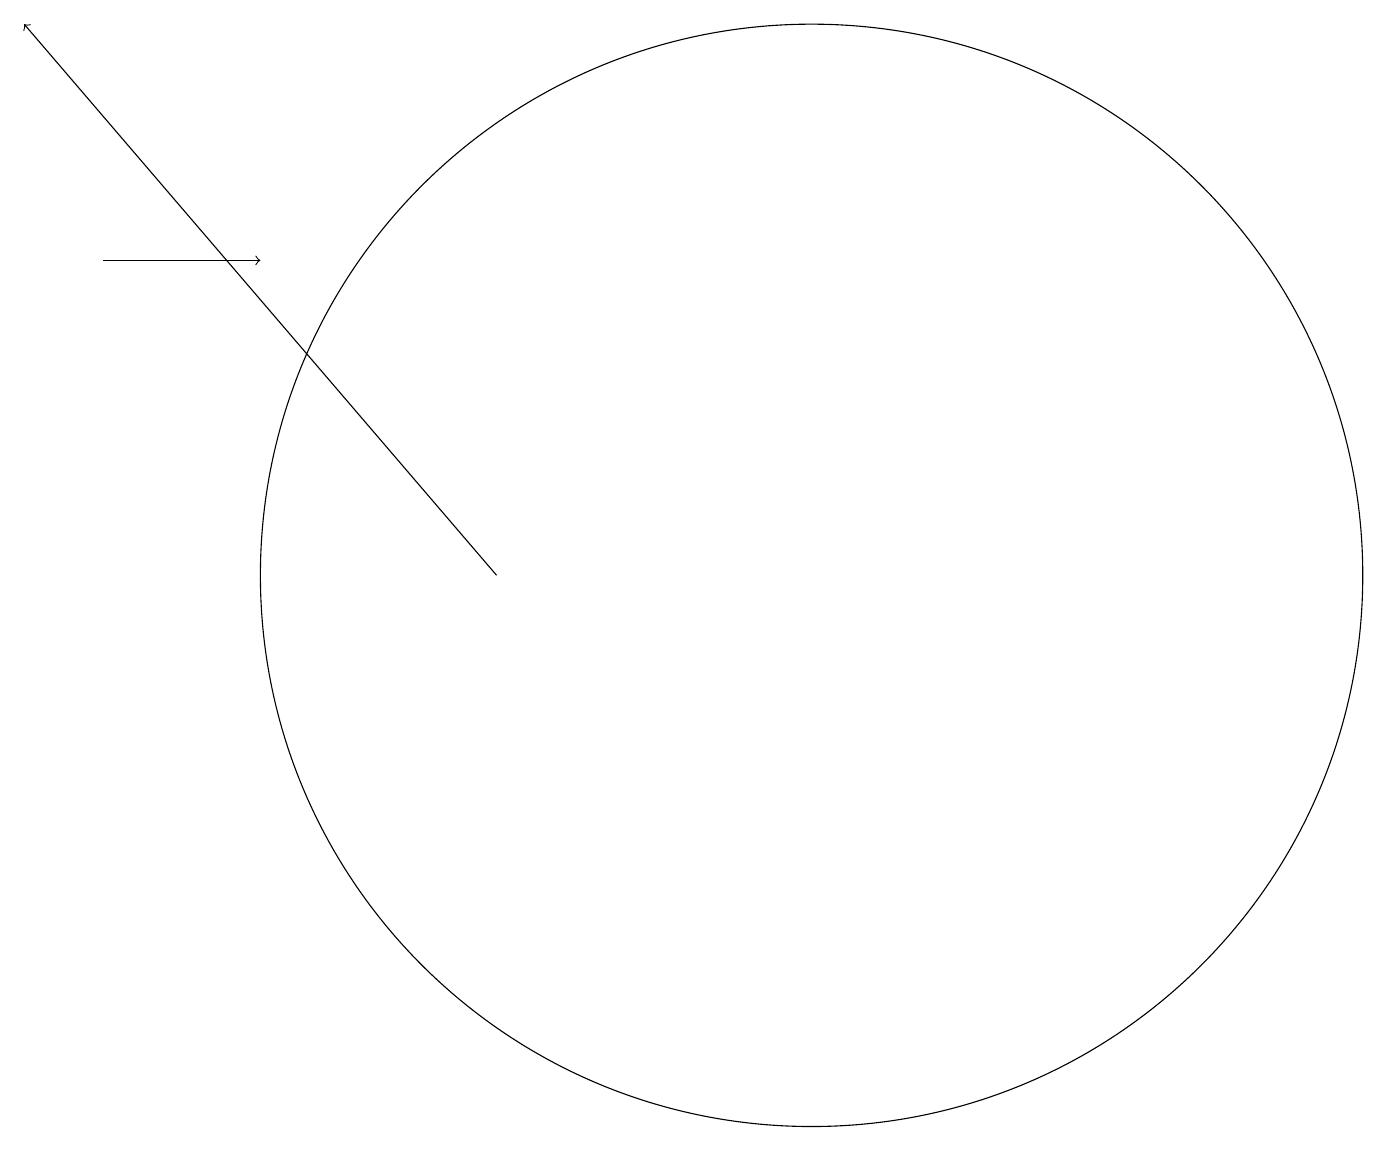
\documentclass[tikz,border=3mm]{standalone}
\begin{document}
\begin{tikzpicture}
\draw[->] (7,11) -- (1,18);
\draw[->] (2,15) -- (4,15);
\draw (11,11) circle (7);
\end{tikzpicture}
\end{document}